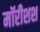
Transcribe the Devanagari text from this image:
मॉरीशश